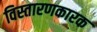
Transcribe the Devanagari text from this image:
विस्तारणकारक